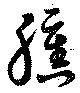
臐